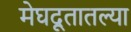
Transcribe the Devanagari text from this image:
मेघदूतातल्या